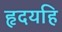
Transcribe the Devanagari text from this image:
हृदयहि